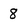
Character: 8